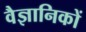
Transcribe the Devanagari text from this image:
वैज्ञानिकों